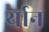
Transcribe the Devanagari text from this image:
र्यान